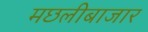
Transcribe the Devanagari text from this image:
मछलीबाजार